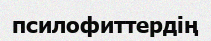
псилофиттердің